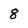
Character: 8